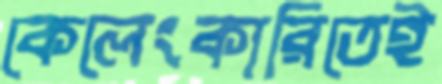
কেলেংকারিতেই